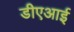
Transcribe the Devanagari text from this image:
डीएआई